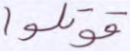
قوتلوا